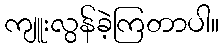
ကျူးလွန်ခဲ့ကြတာပါ။